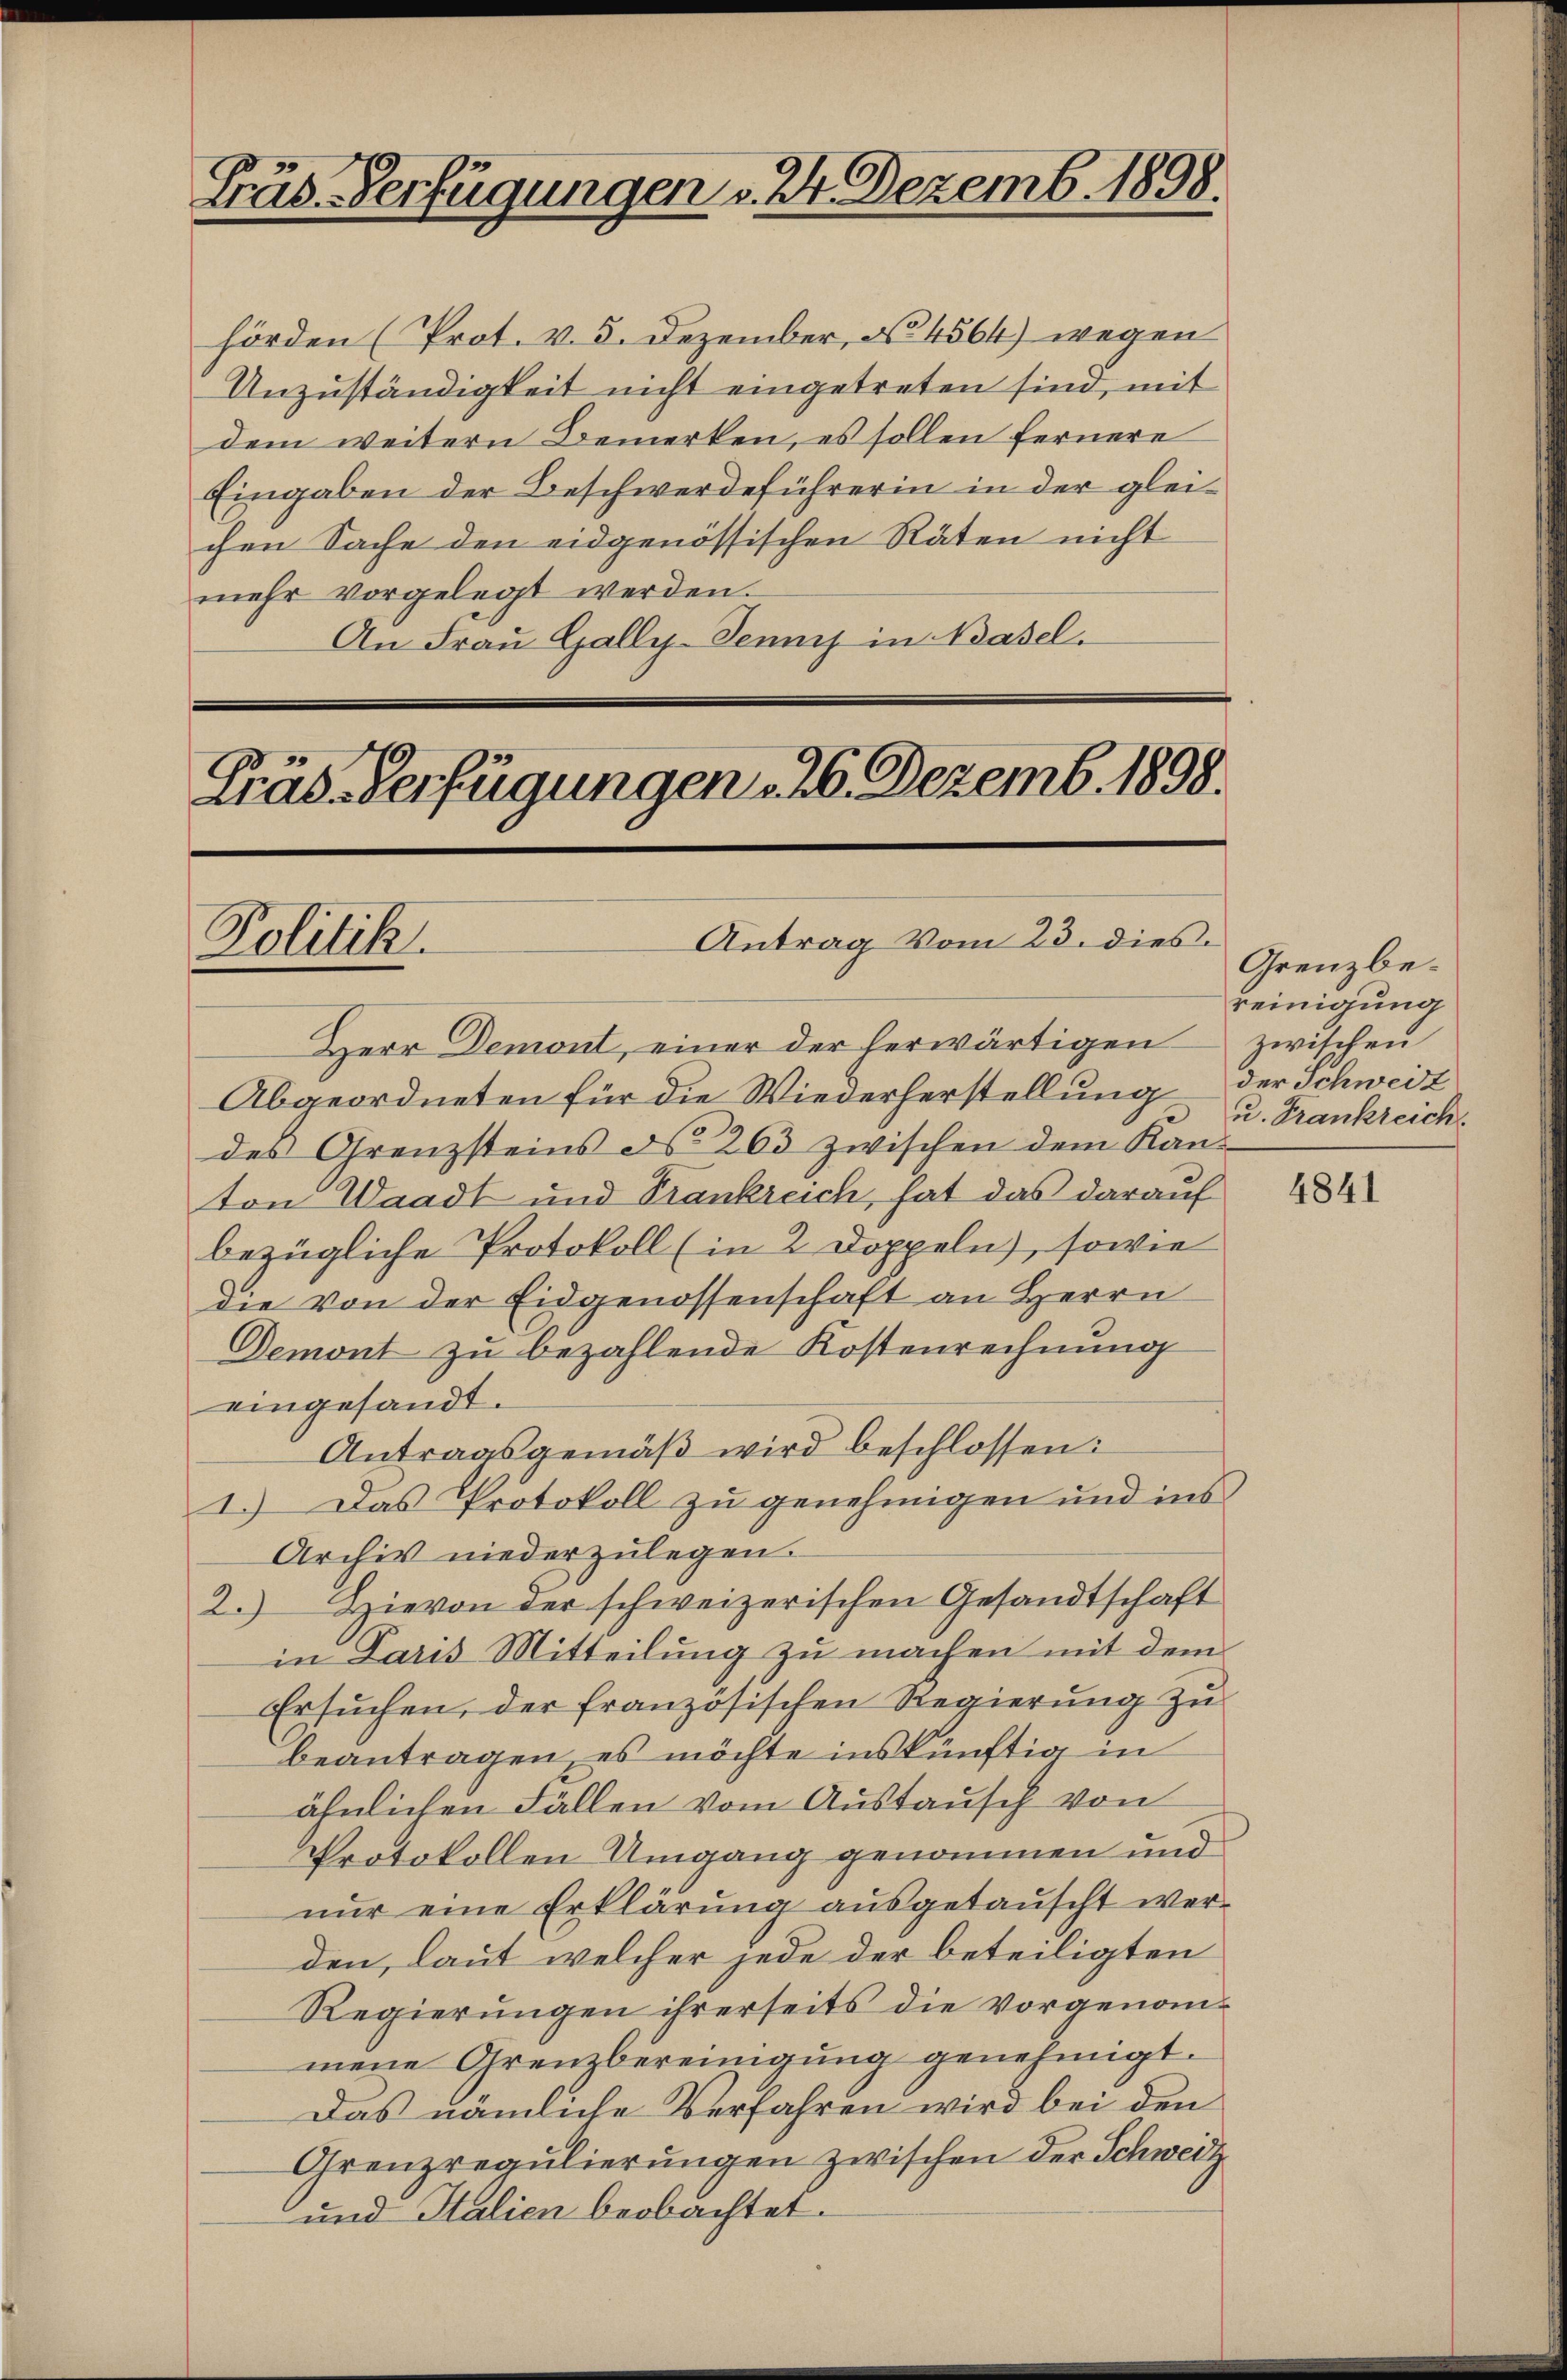
Fräs. Verfügungen v. 24. Dezemb. 1898.

hörden (Prot. v. 5. Dezember, No 4564) wegen
Unzuständigkeit nicht eingetreten sind, mit
dem weitern Bemerken, es sollen fernere
Eingaben der Beschwerdeführerin in der gleichen Sache den eidgenössischen Räten nicht
mehr vorgelegt werden.
An Frau Gally. Jennys in Basel.

Präs. Verfügungen . 26. Dezemb. 1898.
Antrag vom 23. dies
Politik.

Grenzbereinigung
u. Frankreich.

Herr Demont, einer der herwärtigen zwischen
Abgeordneten für die Wiederherstellung der Schweiz
des Grenzsteins ds 263 zwischen dem Kan-
ton Waadt und Trankreich, hat das darauf
bezügliche Protokoll (in 2 Doppeln, sowie
die von der Eidgenossenschaft an Herrn
Demont zu bezahlende Kostenrechnung
eingesandt.
Antragsgemäß wird beschlossen:
1.) Das Protokoll zu genehmigen und ins
Archiv niederzulegen.
2.) Hievon der schweizerischen Gesandtschaft
in Paris Mitteilung zu machen mit dem
Ersŭchen, der französischen Regierung zu
beantragen, es möchte inskünftig in
ähnlichen Fällen vom Austausch von
Protokollen Umgang genommen und
nur eine Erklärung ausgetauscht werden, laut welcher jede der beteiligten
Regierungen ihrerseits die vorgenommene Grenzbereinigung genehmigt.
Das nämliche Verfahren wird bei den
Grenzregulierungen zwischen der Schweiz
und Italien beobachtet.

4841